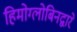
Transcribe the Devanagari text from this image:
हिमोग्लोबिनद्वारे